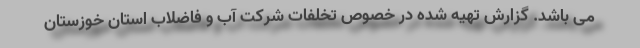
می باشد. گزارش تهیه شده در خصوص تخلفات شرکت آب و فاضلاب استان خوزستان